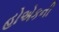
હોએકની